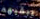
يبقيهم